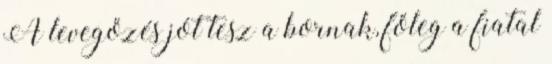
A levegőzés jót tesz a bornak, főleg a fiatal